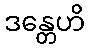
ဒန္တေဟိ